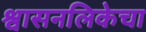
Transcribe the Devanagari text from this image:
श्वासनलिकेचा